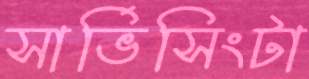
সার্ভিসিংটা